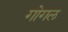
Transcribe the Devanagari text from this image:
गोगल